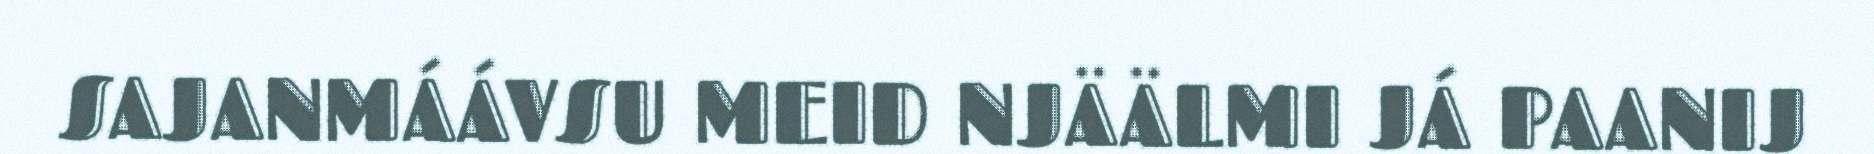
SAJANMÁÁVSU MEID NJÄÄLMI JÁ PAANIJ